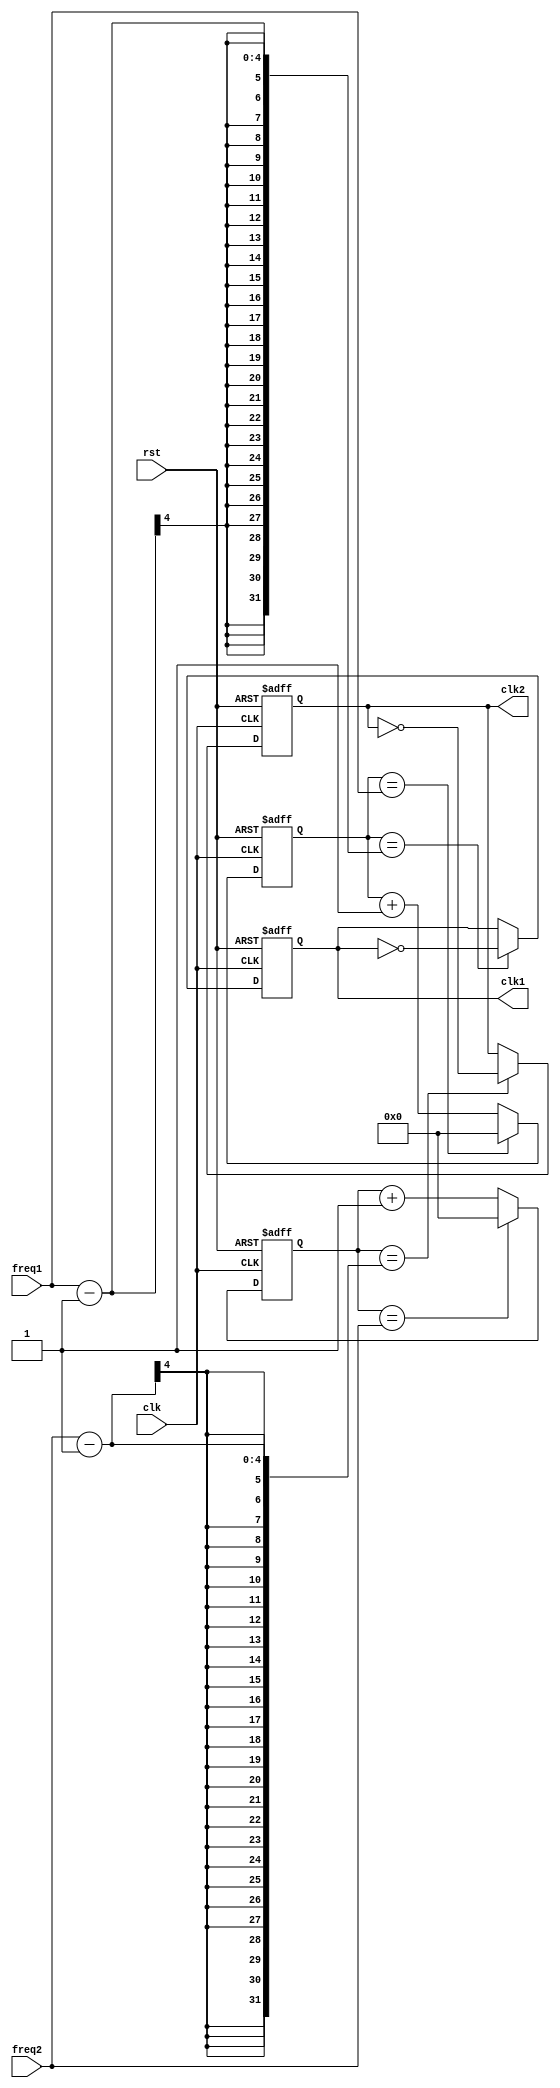
module multirate_timer (
    input wire clk,
    input wire rst,
    input wire [3:0] freq1,
    input wire [3:0] freq2,
    output reg clk1,
    output reg clk2
);

reg [3:0] count1 = 0;
reg [3:0] count2 = 0;

always @(posedge clk or posedge rst) begin
    if (rst) begin
        count1 <= 0;
        count2 <= 0;
        clk1 <= 0;
        clk2 <= 0;
    end else begin
        count1 <= count1 == freq1 ? 0 : count1 + 1;
        count2 <= count2 == freq2 ? 0 : count2 + 1;
        clk1 <= count1 == freq1-1 ? ~clk1 : clk1;
        clk2 <= count2 == freq2-1 ? ~clk2 : clk2;
    end
end

endmodule